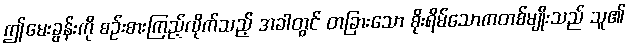
ဤမေးခွန်းကို စဉ်းစားကြည့်လိုက်သည့် အခါတွင် တခြားသော စိုးရိမ်သောကတစ်မျိုးသည် သူ၏